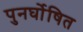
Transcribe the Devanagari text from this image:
पुनर्घोषित